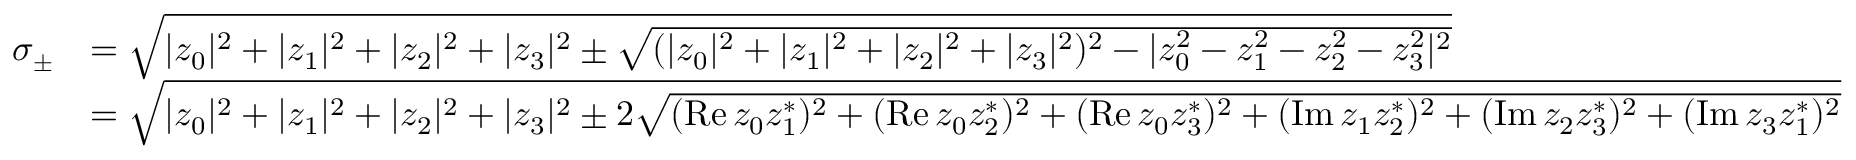
{ \begin{array} { r l } { \sigma _ { \pm } } & { = { \sqrt { | z _ { 0 } | ^ { 2 } + | z _ { 1 } | ^ { 2 } + | z _ { 2 } | ^ { 2 } + | z _ { 3 } | ^ { 2 } \pm { \sqrt { ( | z _ { 0 } | ^ { 2 } + | z _ { 1 } | ^ { 2 } + | z _ { 2 } | ^ { 2 } + | z _ { 3 } | ^ { 2 } ) ^ { 2 } - | z _ { 0 } ^ { 2 } - z _ { 1 } ^ { 2 } - z _ { 2 } ^ { 2 } - z _ { 3 } ^ { 2 } | ^ { 2 } } } } } } \\ & { = { \sqrt { | z _ { 0 } | ^ { 2 } + | z _ { 1 } | ^ { 2 } + | z _ { 2 } | ^ { 2 } + | z _ { 3 } | ^ { 2 } \pm 2 { \sqrt { ( \operatorname { R e } z _ { 0 } z _ { 1 } ^ { * } ) ^ { 2 } + ( \operatorname { R e } z _ { 0 } z _ { 2 } ^ { * } ) ^ { 2 } + ( \operatorname { R e } z _ { 0 } z _ { 3 } ^ { * } ) ^ { 2 } + ( \operatorname { I m } z _ { 1 } z _ { 2 } ^ { * } ) ^ { 2 } + ( \operatorname { I m } z _ { 2 } z _ { 3 } ^ { * } ) ^ { 2 } + ( \operatorname { I m } z _ { 3 } z _ { 1 } ^ { * } ) ^ { 2 } } } } } } \end{array} }